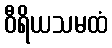
ဝီရိယသမထံ